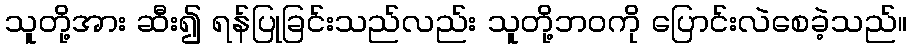
သူတို့အား ဆီး၍ ရန်ပြုခြင်းသည်လည်း သူတို့ဘဝကို ပြောင်းလဲစေခဲ့သည်။